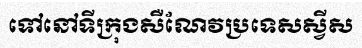
ទៅនៅទីក្រុងសឺណែវប្រទេសស្វីស